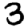
Digit: 3